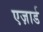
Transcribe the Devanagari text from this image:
एज़ार्ड